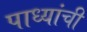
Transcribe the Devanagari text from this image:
पाध्यांची